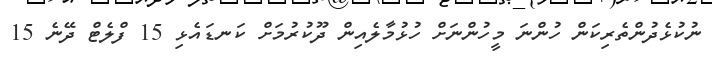
ނުކުޅެދުންތެރިކަން ހުންނަ މީހުންނަށް ހުޅުމާލެއިން ދޫކުރުމަށް ކަނޑައެޅި 15 ފްލެޓް ދޭނެ 15